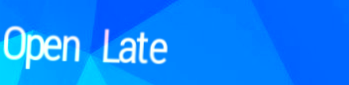
Open Late